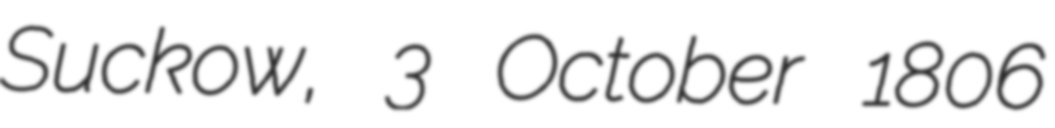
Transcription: Suckow, 3 October 1806